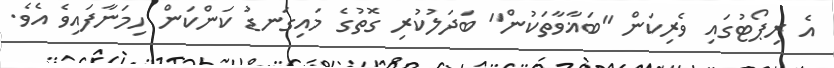
އެ ރިޕޯޓުގައި ވެރިކަން "ބަޣާވާތަކުން" ބަދަލުކުރި ގޮތުގެ މައިގަނޑު ކަންކަން ހިމަނާފައިވެ އެވެ.